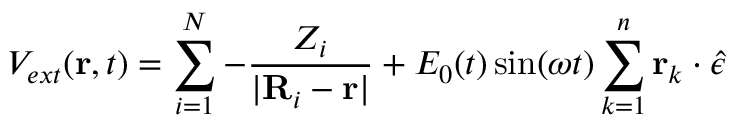
V _ { e x t } ( { \bf r } , t ) = \sum _ { i = 1 } ^ { N } - \frac { Z _ { i } } { | { \bf R } _ { i } - { \bf r } | } + E _ { 0 } ( t ) \sin ( \omega t ) \sum _ { k = 1 } ^ { n } { \bf r } _ { k } \cdot { \hat { \epsilon } }